Indian journal of veterinary science and animal husbandry - Volume 12,
Year: 1942
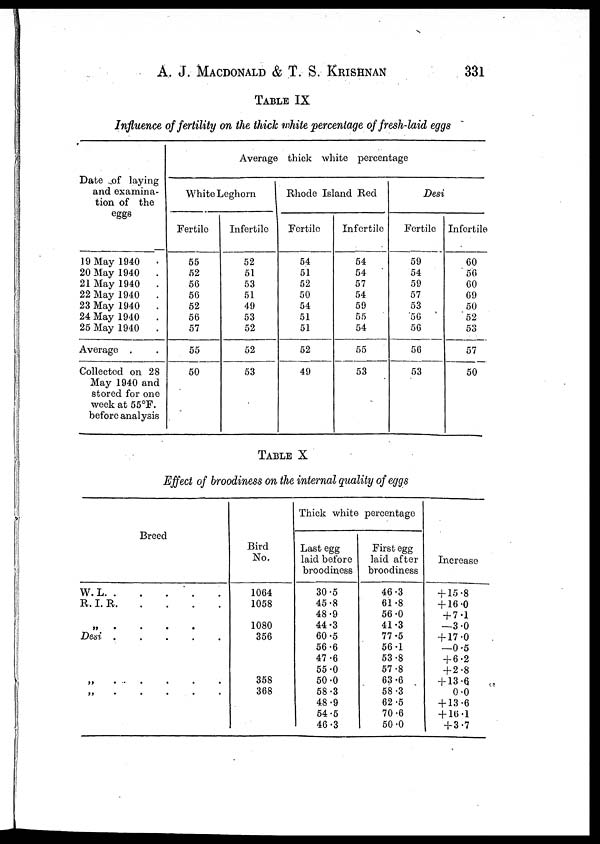
A. J. MACDONALD & T. S. KRISHNAN 331
TABLE IX
Influence of fertility on the thick white percentage of fresh-laid eggs
Date of laying
and examina-
tion of the
eggs
19 May 1940
.
20 May 1940
.
21 May 1940
.
22 May 1940
.
23 May 1940
.
24 May 1940
.
25 May 1940
.
Average .
Collected on 28
May 1940 and
stored for one
week at 55°F.
before analysis
Average thick white percentage
White Leghom
Fertile
55
52
56
56
52
56
57
55
50
Infertile
52
51
53
51
49
53
52
52
53
Rhode Isand Red
Fertile
54
51
52
50
54
51
51
52
49
Infertile
54
54
57
54
59
55
54
55
53
Desi
Fertile
59
54
59
57
53
56
56
56
53
Infertile
60
56
60
69
50
52
53
57
50
TABLE X
Effect of broodiness on the internal quality of eggs
Breed
W.L
R. I. R
"
.
.
.
.
Desi
.....
„.....
„....
Bird
No.
1064
1058
1080
356
358
368
Thick white percentage
Last egg
laid before
broodiness
30.5
45.8
48.9
44.3
60.5
56.6
47.6
55.0
50.0
58.3
48.9
54.5
46.3
First egg
laid after
broodiness
46.3
61.8
56.0
41.3
77.5
56.1
53.8
57.8
63.6
58.3
62.5
70.6
50.0
Increase
+15.8
+16.0
+7.1
—3.0
+17.0
—0.5
+6.2
+2.8
+3.6.
0.0
+13.6
+16.1
+3.7